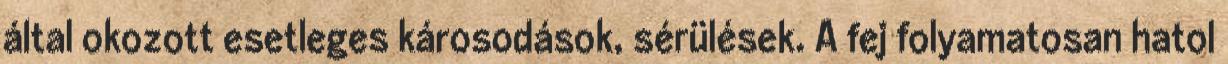
által okozott esetleges károsodások, sérülések. A fej folyamatosan hatol